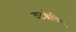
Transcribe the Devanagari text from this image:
वटक्केविला